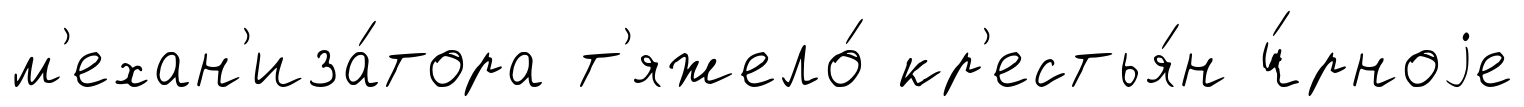
м'ехан'иза́тора т'яжело́ кр'естья́н ч́рноjе